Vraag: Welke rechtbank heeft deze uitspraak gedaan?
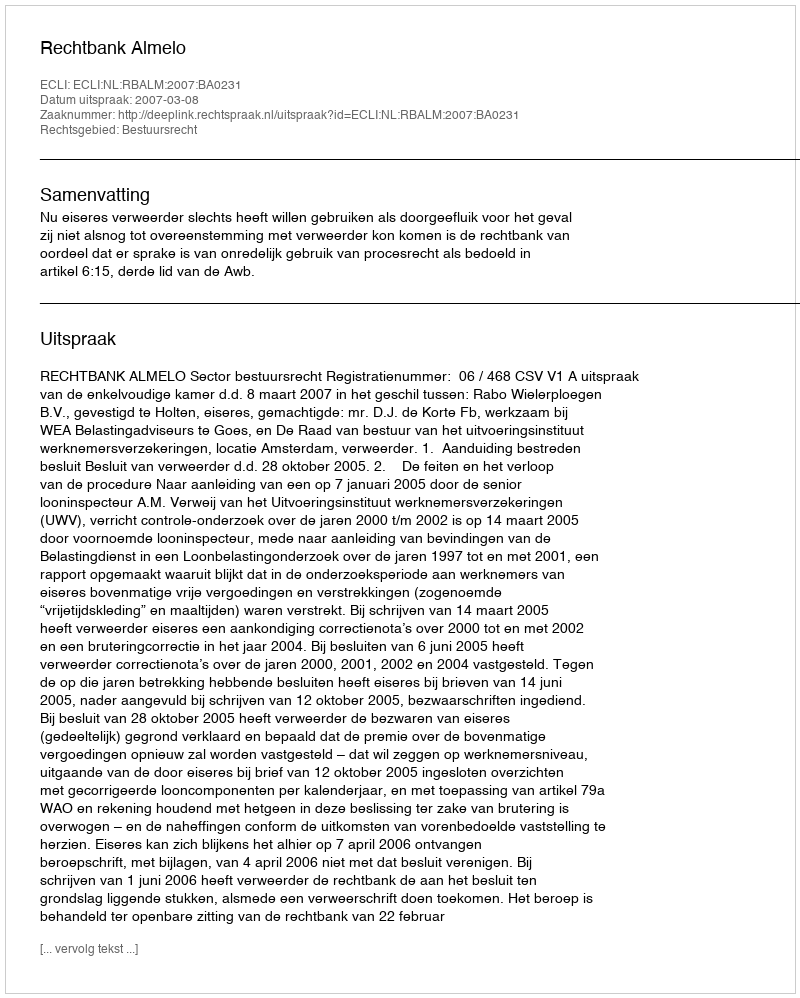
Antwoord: Rechtbank Almelo